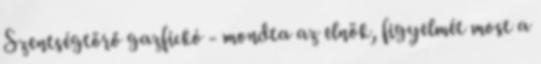
Szentségtörő gazfickó - mondta az elnök, figyelmét most a